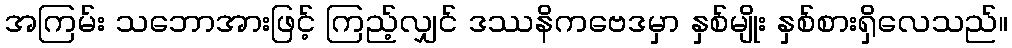
အကြမ်း သဘောအားဖြင့် ကြည့်လျှင် ဒဿနိကဗေဒမှာ နှစ်မျိုး နှစ်စားရှိလေသည်။